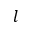
l